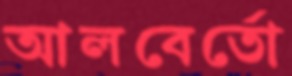
আলবের্তো